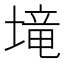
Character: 𡏡